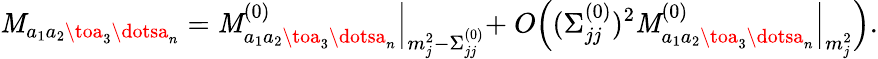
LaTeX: \mathit{M}_{a_{1}a_{2}\toa_{3}\dotsa_{n}}=\mathit{M}_{a_{1}a_{2}\toa_{3}\dotsa_{n}}^{(0)}\Bigl|_{m_{j}^{2}-\Sigma_{jj}^{(0)}}+\ O\Bigl((\Sigma_{jj}^{(0)})^{2}\mathit{M}_{a_{1}a_{2}\toa_{3}\dotsa_{n}}^{(0)}\Bigl|_{m_{j}^{2}}\Bigr).